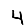
Digit: 4